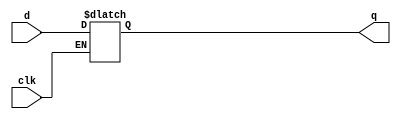
`timescale 1ns / 1ps
module d_latch(
    input d, clk,
    output reg q
    );
    always @(*)
     begin
     if(clk)
        q<=d;
     end   
endmodule

//signal for reset: synchronous active high reset= rst
//                  synchronous active low reset= rstn/ rst_n
//                  asynchronous active high reset= arst
//                  asynchronous active low reset= artn/ arst_n